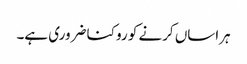
ہراساں کرنے کو روکنا ضروری ہے۔